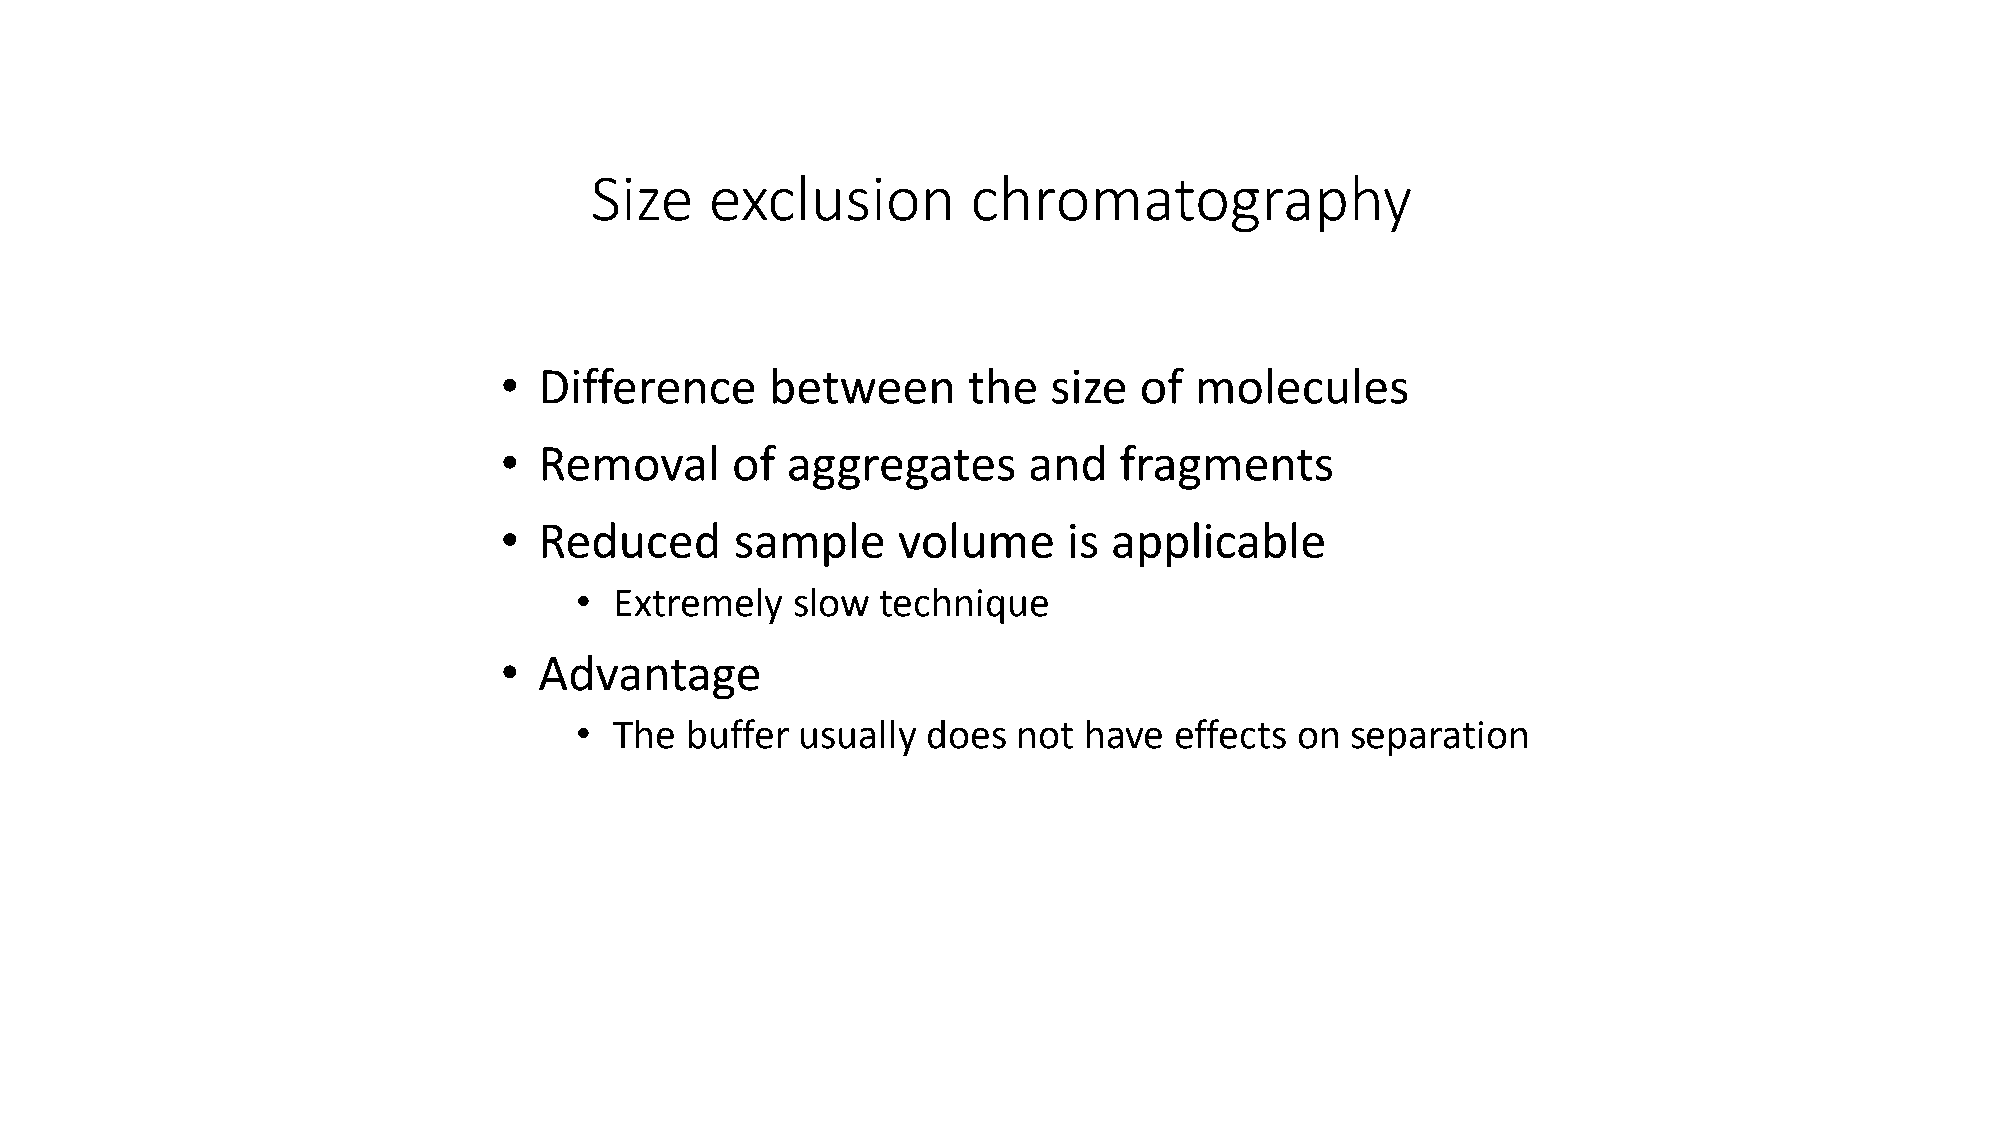
Size    exclusion        chromatography
 •  Difference     between      the  size  of  molecules
 •  Removal     of  aggregates      and   fragments
 •  Reduced      sample    volume      is applicable
 •  Extremely  slow  technique
 •  Advantage
 •  The buffer  usually does  not  have  effects on separation